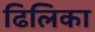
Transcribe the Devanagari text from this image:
ढिलिका